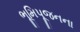
ભૂમિપૂજનના